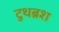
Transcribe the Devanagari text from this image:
टुथब्रश